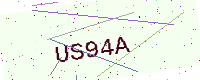
Text: US94A